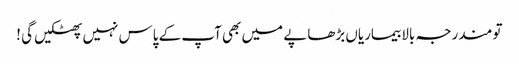
تو مندرجہ بالا بیماریاں بڑھاپے میں بھی آپ کے پاس نہیں پھٹکیں گی !